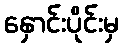
နှောင်းပိုင်းမှ